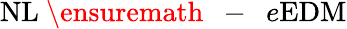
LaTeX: \mathrm{NL}\mathrm{~\ensuremath~{~-~}~}e\mathrm{EDM}